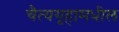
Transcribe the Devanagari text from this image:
चैत्यगृहामधील